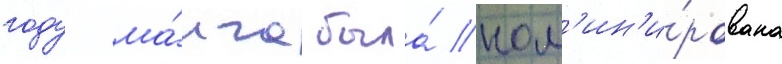
году ма́нга была́ ном'ин'и́рована